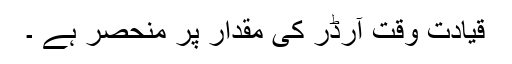
قیادت وقت آرڈر کی مقدار پر منحصر ہے ۔